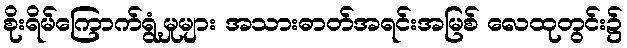
စိုးရိမ်ကြောက်ရွံ့မှုများ အသားဓာတ်အရင်းအမြစ် လေထုတွင်း၌